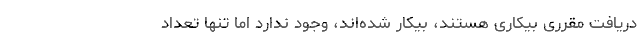
دریافت مقرری بیکاری هستند، بیکار شده‌اند، وجود ندارد اما تنها تعداد